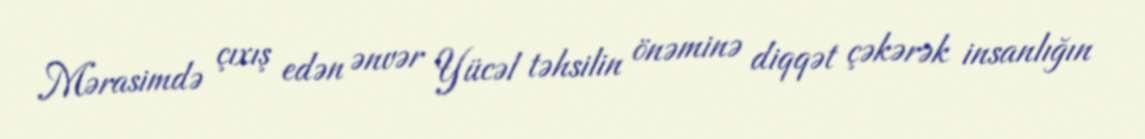
Mərasimdə çıxış edən ənvər Yücəl təhsilin önəminə diqqət çəkərək insanlığın